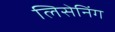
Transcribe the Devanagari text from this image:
लिसेनिंग